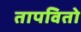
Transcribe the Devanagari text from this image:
तापवितो